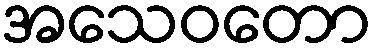
အသေဝတော